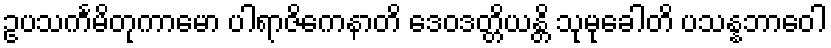
ဥပသင်္ကမိတုကာမော ပါရာဇိကေနာတိ ဒေဝဒတ္တိယန္တိ သုမုခေါတိ ပသန္နဘာဝေါ